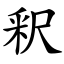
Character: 釈